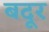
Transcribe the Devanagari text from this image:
बदूर